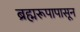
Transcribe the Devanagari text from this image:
ब्रह्मरूपापासून